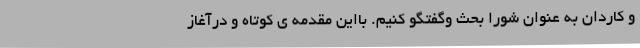
و کاردان به عنوان شورا بحث وگفتگو کنیم. بااین مقدمه ی کوتاه و درآغاز